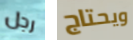
رجل ويحتاج